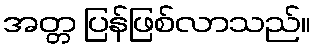
အတ္တ ပြန်ဖြစ်လာသည်။